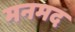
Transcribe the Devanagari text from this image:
मनमद